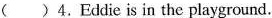
( )4.Eddie is in the playground.